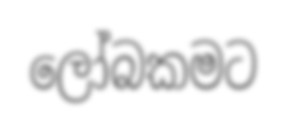
ලෝබකමට